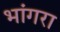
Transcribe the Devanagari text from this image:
भांगरा